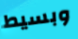
وبسيط